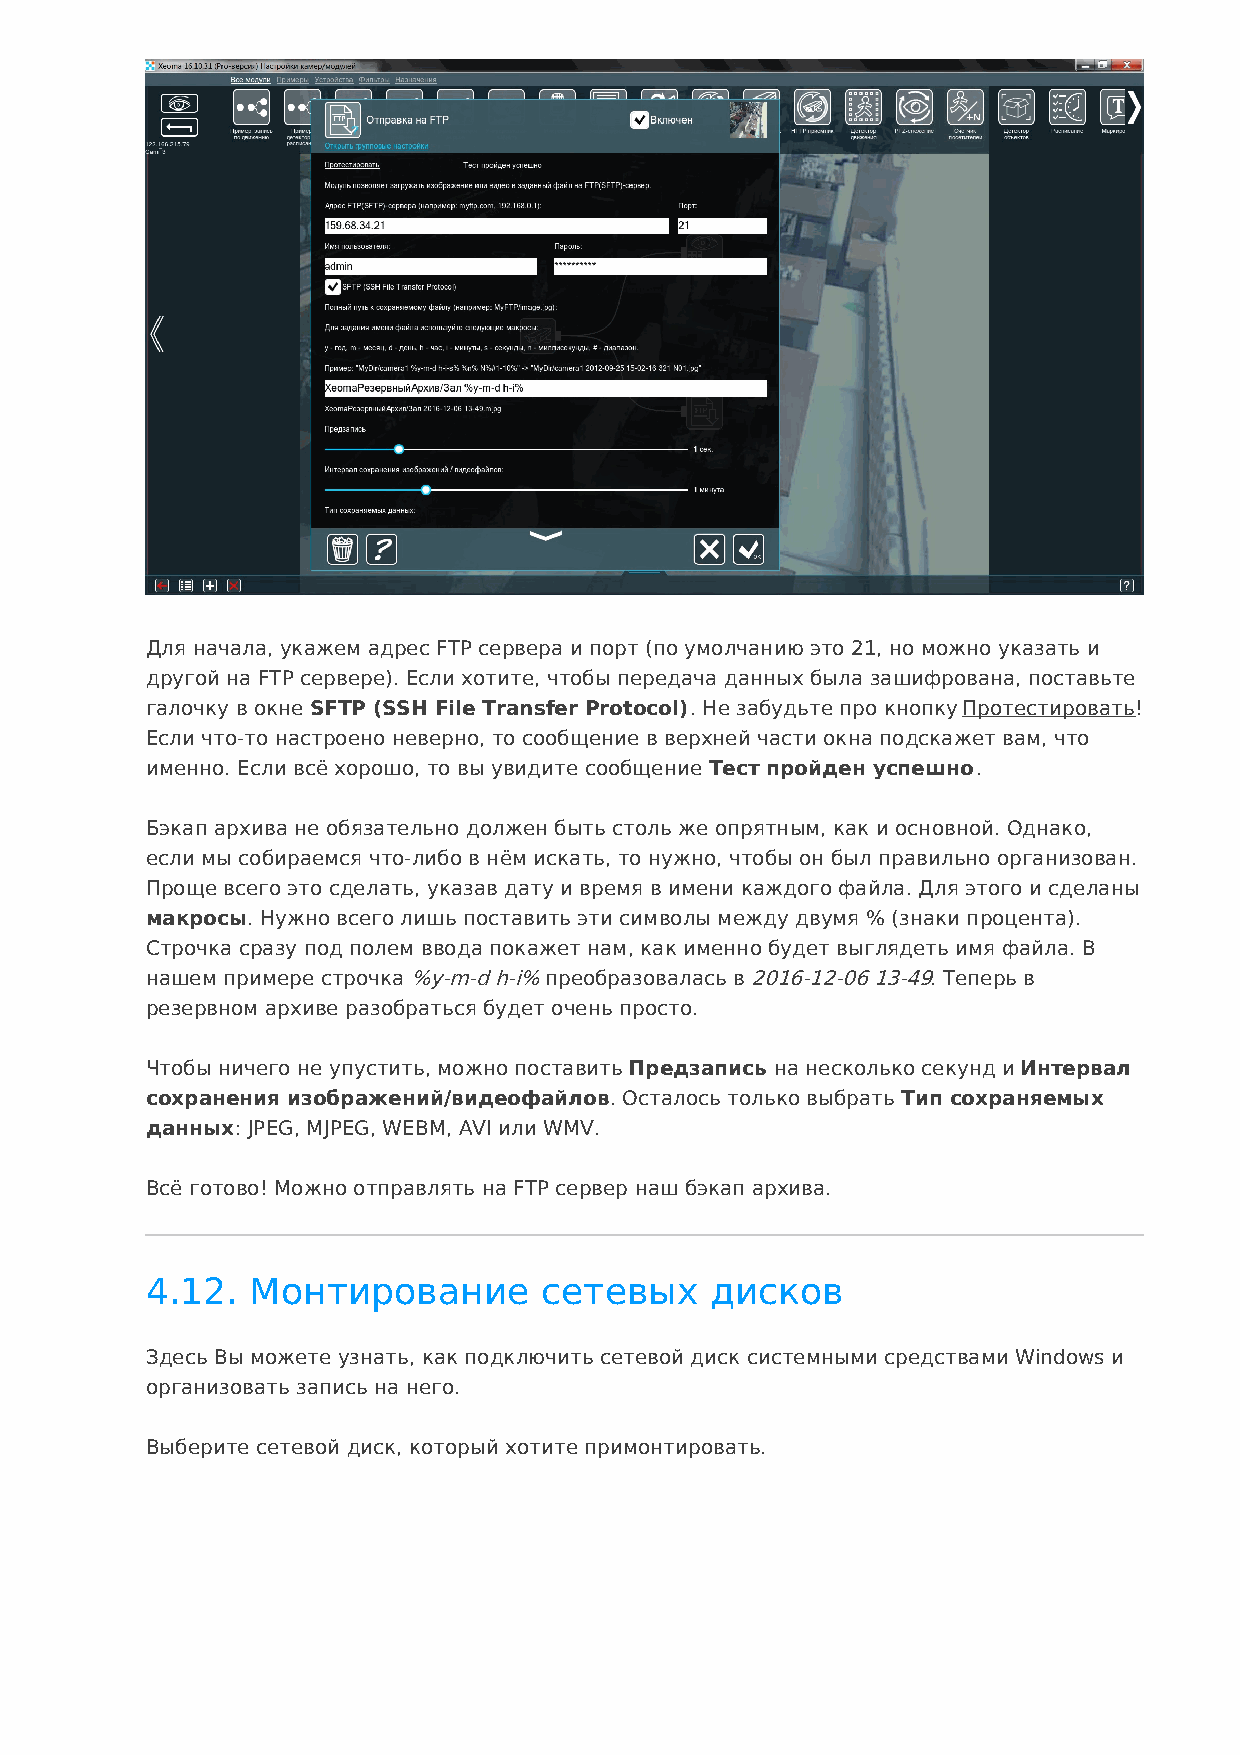
Для начала, укажем адрес FTP сервера и порт (по умолчанию это 21, но можно указать и
 другой на FTP сервере). Если хотите, чтобы передача данных была зашифрована, поставьте
 галочку в окне SFTP (SSH File Transfer Protocol). Не забудьте про кнопку Протестировать!
 Если что-то настроено неверно, то сообщение в верхней части окна подскажет вам, что
 именно. Если всё хорошо, то вы увидите сообщение Тест пройден успешно.
 Бэкап архива не обязательно должен быть столь же опрятным, как и основной. Однако,
 если мы собираемся что-либо в нём искать, то нужно, чтобы он был правильно организован.
 Проще всего это сделать, указав дату и время в имени каждого файла. Для этого и сделаны
 макросы. Нужно всего лишь поставить эти символы между двумя % (знаки процента).
 Строчка сразу под полем ввода покажет нам, как именно будет выглядеть имя файла. В
 нашем примере строчка %y-m-d h-i% преобразовалась в 2016-12-06 13-49. Теперь в
 резервном архиве разобраться будет очень просто.
 Чтобы ничего не упустить, можно поставить Предзапись на несколько секунд и Интервал
 сохранения изображений/видеофайлов. Осталось только выбрать Тип сохраняемых
 данных: JPEG, MJPEG, WEBM, AVI или WMV.
 Всё готово! Можно отправлять на FTP сервер наш бэкап архива.
 4.12.  Монтирование       сетевых    дисков
 Здесь Вы можете узнать, как подключить сетевой диск системными средствами Windows и
 организовать запись на него.
 Выберите сетевой диск, который хотите примонтировать.